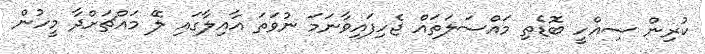
ކުރިން ސިއްހީ ބޮޑެތި މައްސަލަތައް ޖެހިފައިވާނަމަ ނުވަތަ އާއިލާގައި ލޭ މައްޗަށްދާ މީހުން